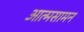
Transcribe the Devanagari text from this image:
आत्मसामन